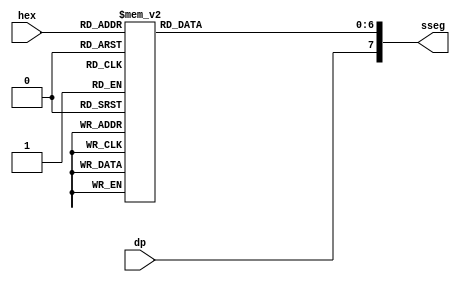
// Listing 3.14
module hex_to_sseg
   (
    input wire [3:0] hex,
    input wire dp,
    output reg [7:0] sseg  // output active low
   );

   always @*
   begin
      case(hex)
         4'h0: sseg[6:0] = 7'b1000000;
         4'h1: sseg[6:0] = 7'b1111001;
         4'h2: sseg[6:0] = 7'b0100100;
         4'h3: sseg[6:0] = 7'b0110000;
         4'h4: sseg[6:0] = 7'b0011001;
         4'h5: sseg[6:0] = 7'b0010010;
         4'h6: sseg[6:0] = 7'b0000010;
         4'h7: sseg[6:0] = 7'b1111000;
         4'h8: sseg[6:0] = 7'b0000000;
         4'h9: sseg[6:0] = 7'b0010000;
         4'ha: sseg[6:0] = 7'b0111111; //guion medio (orig: 0001000);
         4'hb: sseg[6:0] = 7'b0101100;	//signo de preguntas (orig: b0000011)
         4'hc: sseg[6:0] = 7'b1001001;	//bloqueo (orig: 1000110)
         4'hd: sseg[6:0] = 7'b0100001;
         4'he: sseg[6:0] = 7'b0000110;
         default: sseg[6:0] = 7'b0001110;  //4'hf
     endcase
     sseg[7] = dp;
   end

endmodule